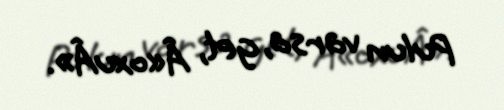
Pulun varsa, get, Â«oxuÂ».